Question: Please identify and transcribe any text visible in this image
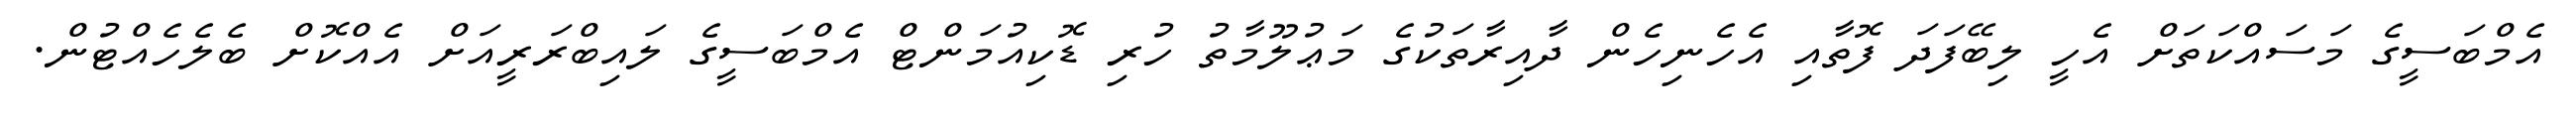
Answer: އެމްބަސީގެ މަސައްކަތަށް އެހީ ލިބޭފަދަ ފޮތާއި އެހެނިހެން ދާއިރާތަކުގެ މަޢުލޫމާތު ހުރި ޑޮކިއުމަންޓް އެމްބަސީގެ ލައިބްރަރީއަށް އެއްކޮށް ބެލެހެއްޓުން.